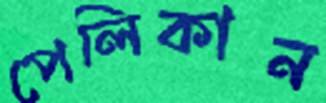
পেলিকান